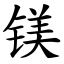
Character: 镁